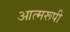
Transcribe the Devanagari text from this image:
आत्मरूपी